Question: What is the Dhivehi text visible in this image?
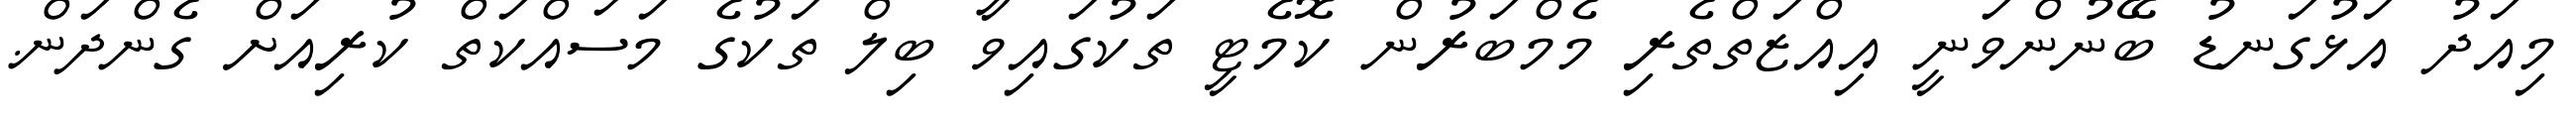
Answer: މިއަދު އަޅުގަނޑު ބޭނުންވަނީ އިއްޒަތްތެރި މެމްބަރުން ކޮމެޓީ ތަކުގައިވާ ބިލް ތަކުގެ މަސައްކަތް ކުރިއަށް ގެންދަން.